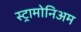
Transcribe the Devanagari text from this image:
स्ट्रामोनिअम